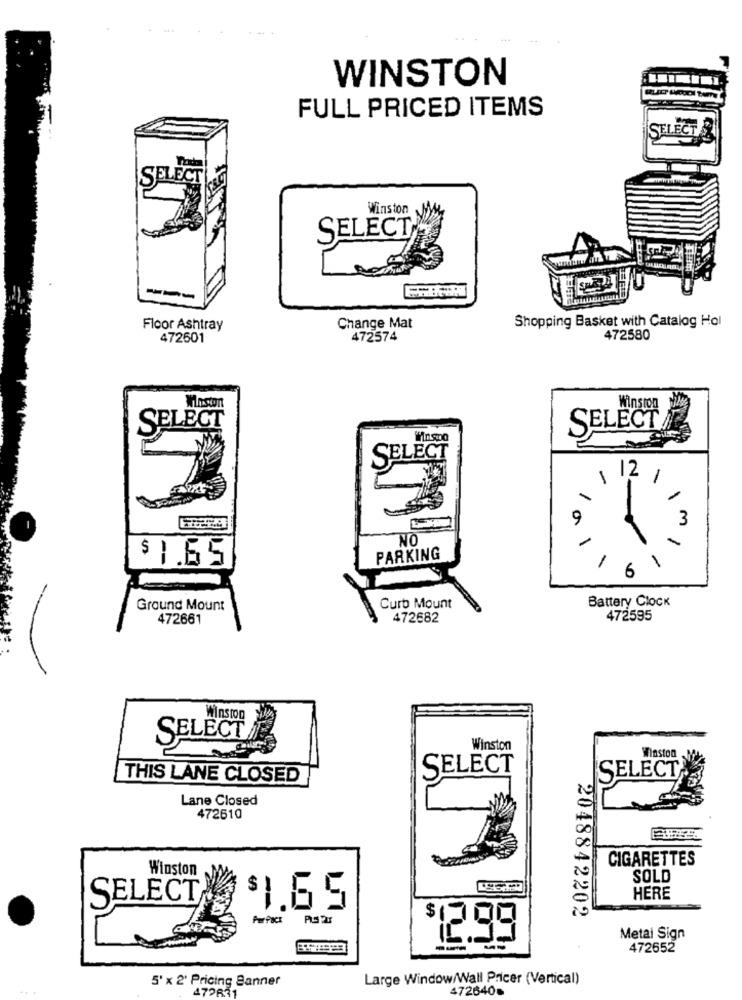
WINSTON
FULL PRICED ITEMS
SELECT
Winston
SELECT
---
Change Mat
Shopping Basket with Catalog Hol
Floor Ashtray
472601
472574
472580
Winston
Winston
SELECT
SELECT
SELECT
12
1
9
3
NO
-
$ 1.65
PARKING
6
Battery Clock
Ground Mount
Curb Mount
472661
472682
472595
Winston
SELECT
Winston
Winston
SELECT
THIS LANE CLOSED
SELECT
Lane Closed
472610
CIGARETTES
Winston
SOLD
HERE
SELECT
$1.65
2048842202
Per Pack
$17
Metal Sign
472652
5' x 2' Pricing Banner
Large Window/Wall Pricer (Vertical)
472631
472640